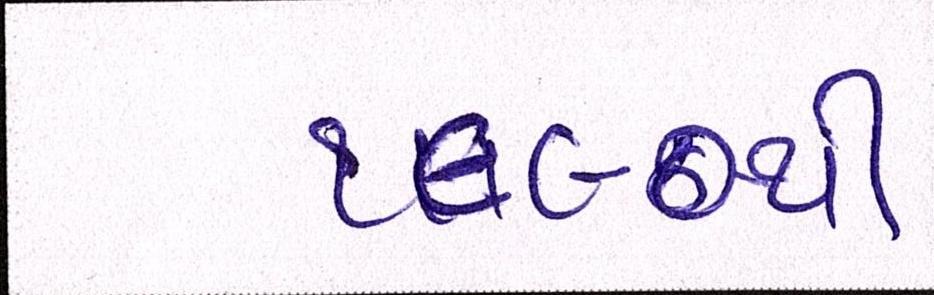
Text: ૧૯૯૦થી